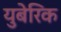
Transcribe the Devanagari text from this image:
युबेरिक